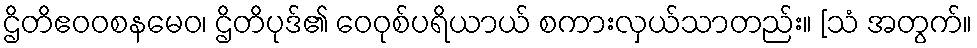
ဌိတိဧဝဝစနမေဝ၊ ဌိတိပုဒ်၏ ဝေဝုစ်ပရိယာယ် စကားလှယ်သာတည်း။ [သံ အတွက်။